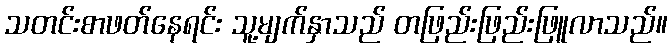
သတင်းစာဖတ်နေရင်း သူ့မျက်နှာသည် တဖြည်းဖြည်းဖြူလာသည်။